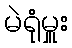
မဲရုံမှူး